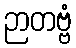
ဉာတဗ္ဗံ